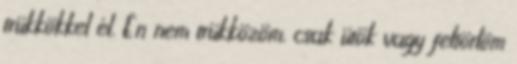
trükkökkel él. Én nem trükközöm, csak ütök vagy feltörlöm